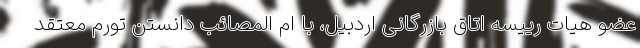
عضو هیات رییسه اتاق بازرگانی اردبیل، با ام المصائب دانستن تورم معتقد